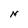
Character: N